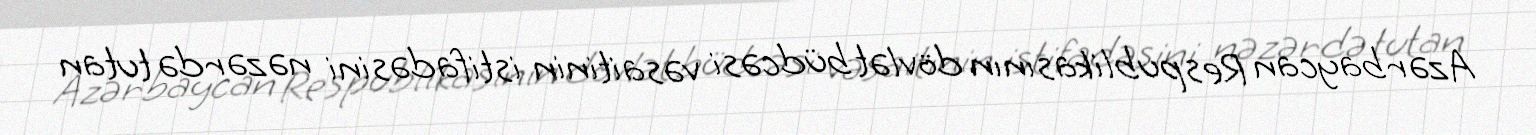
Azərbaycan Respublikasının dövlət büdcəsi vəsaitinin istifadəsini nəzərdə tutan